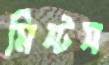
মিস্টস